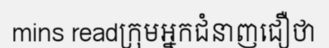
mins readក្រុមអ្នកជំនាញជឿថា